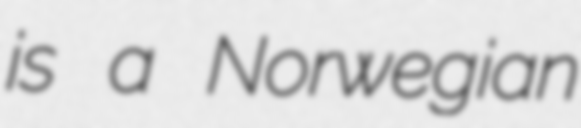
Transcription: is a Norwegian